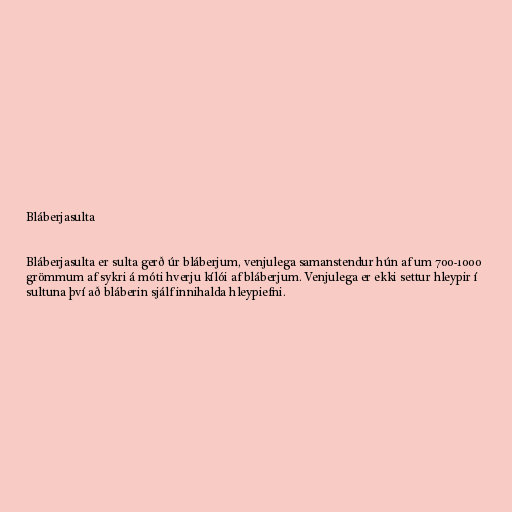
Bláberjasulta

Bláberjasulta er sulta gerð úr bláberjum, venjulega samanstendur hún af um 700-1000
grömmum af sykri á móti hverju kílói af bláberjum. Venjulega er ekki settur hleypir í
sultuna því að bláberin sjálf innihalda hleypiefni.